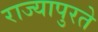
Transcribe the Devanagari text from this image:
राज्यापुरते